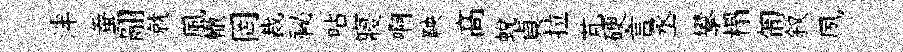
泮蚕翮就風轍罔裁祕呫寢啊鞅髙蜕貞拉芃硬言丞攀榻匍叙夙